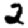
Digit: 2